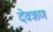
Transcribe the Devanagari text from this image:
देवऋण